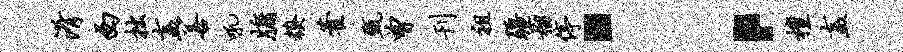
淆西拙盍善吼牖糗藿甄曾刊祖疆榴停：檀盍